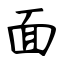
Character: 面